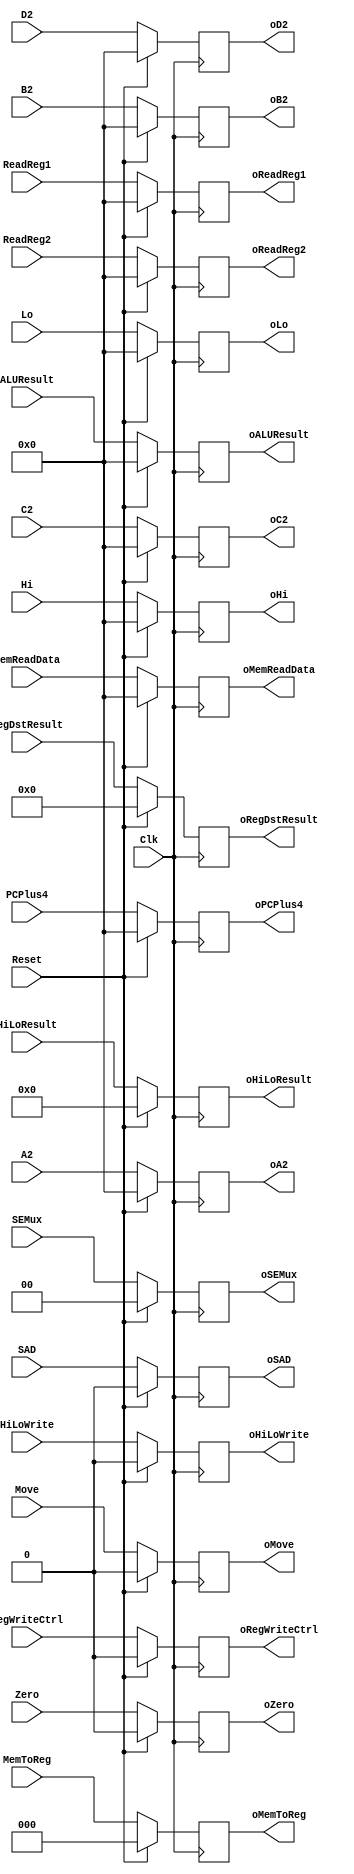
`timescale 1ns / 1ps
//////////////////////////////////////////////////////////////////////////////////
// Company: 
// Engineer: 
// 
// Design Name: 
// Module Name: REG_SAD1_SAD2_C
// Project Name: 
// Target Devices: 
// Tool Versions: 
// Description: 
// 
// Dependencies: 
// 
// Revision:
// Revision 0.01 - File Created
// Additional Comments:
// 
//////////////////////////////////////////////////////////////////////////////////


module REG_SAD2_SAD3_C(Clk, Reset,
                  SAD, RegWriteCtrl, Move,
                  SEMux, 
                  MemToReg,
                  PCPlus4, Zero, HiLoResult, ALUResult,
                  ReadReg1, ReadReg2, RegDstResult,
                  Hi, Lo,
                  HiLoWrite,
                  MemReadData,
                  A2, B2, C2, D2,
                  
                  oSAD, oRegWriteCtrl, oMove,
                  oSEMux, 
                  oMemToReg,
                  oPCPlus4, oZero, oHiLoResult, oALUResult,
                  oReadReg1, oReadReg2, oRegDstResult,
                  oHi, oLo,
                  oHiLoWrite,
                  oMemReadData,
                  oA2, oB2, oC2, oD2);

input Clk, Reset;
input SAD, RegWriteCtrl, Move;
input [1:0] SEMux;
input [2:0] MemToReg;
input [31:0] PCPlus4, ALUResult, ReadReg1, ReadReg2, Hi, Lo;
input Zero;
input [4:0] RegDstResult;
input [63:0] HiLoResult;
input HiLoWrite;
input [31:0] MemReadData;
input [31:0] A2, B2, C2, D2;

output reg oSAD, oRegWriteCtrl, oMove;
output reg [1:0] oSEMux;
output reg [2:0] oMemToReg;
output reg [31:0] oPCPlus4, oALUResult, oReadReg1, oReadReg2, oHi, oLo;
output reg oZero;
output reg [4:0] oRegDstResult;
output reg [63:0] oHiLoResult;
output reg oHiLoWrite;
output reg [31:0] oMemReadData;
output reg [31:0] oA2, oB2, oC2, oD2;

initial begin
oSAD = 0;
oRegWriteCtrl = 0; 
oMove = 0;
oSEMux = 0;
oMemToReg = 0;
oPCPlus4 = 0;
oALUResult = 0;
oReadReg1 = 0;
oReadReg2 = 0;
oHi = 0;
oLo = 0;
oZero = 0;
oRegDstResult = 0;
oHiLoResult = 0;
oHiLoWrite = 0;
oMemReadData = 0;
oA2 = 0;
oB2 = 0;
oC2 = 0;
oD2 = 0;
end

always @(posedge Clk) begin
if (Reset == 1) begin
oSAD = 0;
oRegWriteCtrl = 0; 
oMove = 0;
oSEMux = 0;
oMemToReg = 0;
oPCPlus4 = 0;
oALUResult = 0;
oReadReg1 = 0;
oReadReg2 = 0;
oHi = 0;
oLo = 0;
oZero = 0;
oRegDstResult = 0;
oHiLoResult = 0;
oHiLoWrite = 0;
oMemReadData = 0;
oA2 = 0;
oB2 = 0;
oC2 = 0;
oD2 = 0;
end
else begin
oSAD = SAD;
oRegWriteCtrl = RegWriteCtrl; 
oMove = Move;
oSEMux = SEMux;
oMemToReg = MemToReg;
oPCPlus4 = PCPlus4;
oALUResult = ALUResult;
oReadReg1 = ReadReg1;
oReadReg2 = ReadReg2;
oHi = Hi;
oLo = Lo;
oZero = Zero;
oRegDstResult = RegDstResult;
oHiLoResult = HiLoResult;
oHiLoWrite = HiLoWrite;
oMemReadData = MemReadData;
oA2 = A2;
oB2 = B2;
oC2 = C2;
oD2 = D2;
end
end

endmodule